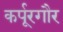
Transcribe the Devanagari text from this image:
कर्पूरगौर